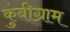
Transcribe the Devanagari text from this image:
कुंबीग्राम